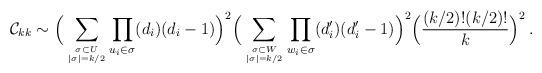
LaTeX: \begin{align*} {\cal C}_{kk} \sim\Big( \displaystyle\sum_{\sigma \subset U \atop |\sigma|=k/2}\prod_{u_i \in \sigma} (d_i)(d_i-1) \Big)^2\Big( \displaystyle\sum_{\sigma \subset W \atop |\sigma|=k/2}\prod_{w_i\in \sigma}(d_i')(d_i'-1) \Big)^2\Big( \dfrac{(k/2)!(k/2)!}{k} \Big)^2\:.\end{align*}